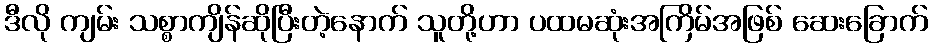
ဒီလို ကျမ်း သစ္စာကျိန်ဆိုပြီးတဲ့နောက် သူတို့ဟာ ပထမဆုံးအကြိမ်အဖြစ် ဆေးခြောက်